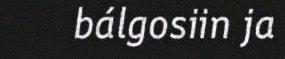
bálgosiin ja